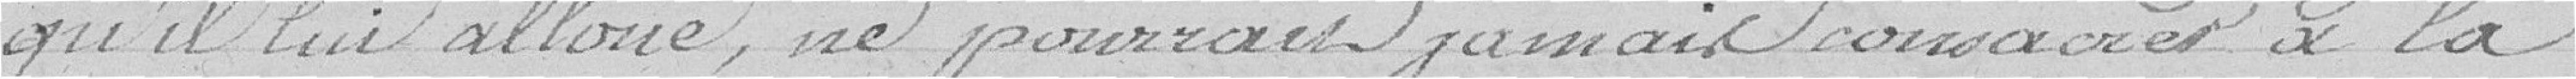
qu'il lui alloue, ne pourrait jamais consacrer à la